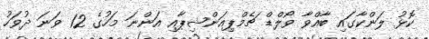
ކޮޅު ލަންކާގައި ބާއްވާ ވޯލްޑް ޗެމްޕިއަންޝިޕާއި އަންނަ މަހުގެ 12 ވަނަ ދުވަހު